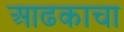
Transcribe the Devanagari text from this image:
आढकाचा